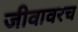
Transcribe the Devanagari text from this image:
जीवावरच